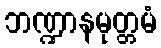
ဘဏ္ဍာနမုတ္တမံ